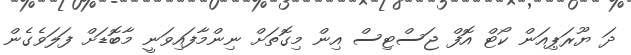
ދަ ޔޫރަޕިއަން ކޯޓް އޮފް ޖަސްޓިސް އިން މިގޮތަށް ނިންމާފައިވަނީ މާބޮޑަށް ފަލަވެގެން